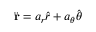
{ \ddot { \mathbf { r } } } = a _ { r } { \hat { \boldsymbol { r } } } + a _ { \theta } { \hat { \boldsymbol { \theta } } }